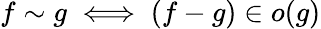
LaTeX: f\sim g\iff(f-g)\in o(g)